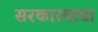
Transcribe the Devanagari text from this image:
सरकारवाडा